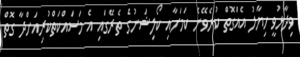
ވިދާޅުވީ ހިޔާލު އެއްގޮތް ކުރެވޭނެ ކަމަށާއި ކޯލިޝަނުގެ ތެރޭގައި އެ މަސައްކަތްކުރިއަށްދާ ގޮތް